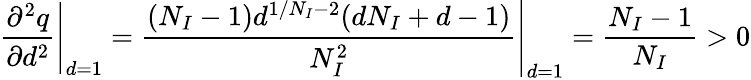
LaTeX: \left.\frac{\partial^{2}q}{\partial d^{2}}\right|_{d=1}=\left.\frac{(N_{I}-1)d^{1/N_{I}-2}(dN_{I}+d-1)}{N_{I}^{2}}\right|_{d=1}=\frac{N_{I}-1}{N_{I}}>0